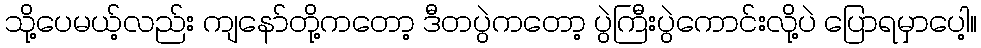
သို့ပေမယ့်လည်း ကျနော်တို့ကတော့ ဒီတပွဲကတော့ ပွဲကြီးပွဲကောင်းလို့ပဲ ပြောရမှာပေါ့။